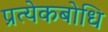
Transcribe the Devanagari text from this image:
प्रत्येकबोधि